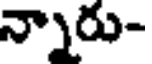
న్నారు-